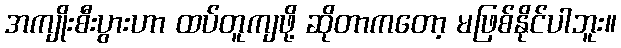
အကျိုးစီးပွားဟာ ထပ်တူကျဖို့ ဆိုတာကတော့ မဖြစ်နိုင်ပါဘူး။